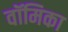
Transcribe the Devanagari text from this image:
वॉमिका